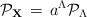
LaTeX: \begin{align*}{\cal P}_{\bf X}\, = \, a^\Lambda {\cal P}_\Lambda\end{align*}